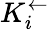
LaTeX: K_{i}^{\leftarrow}